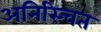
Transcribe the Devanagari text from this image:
अनिस्चित